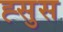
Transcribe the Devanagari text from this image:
ह्सुस